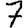
Digit: 7